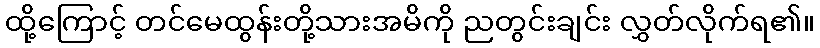
ထို့ကြောင့် တင်မေထွန်းတို့သားအမိကို ညတွင်းချင်း လွှတ်လိုက်ရ၏။